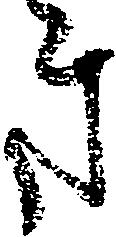
き